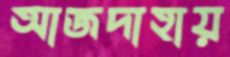
আজদাহায়